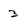
Character: 3